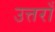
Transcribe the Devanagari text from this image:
उत्तराँ